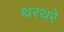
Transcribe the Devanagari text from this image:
थरथरे